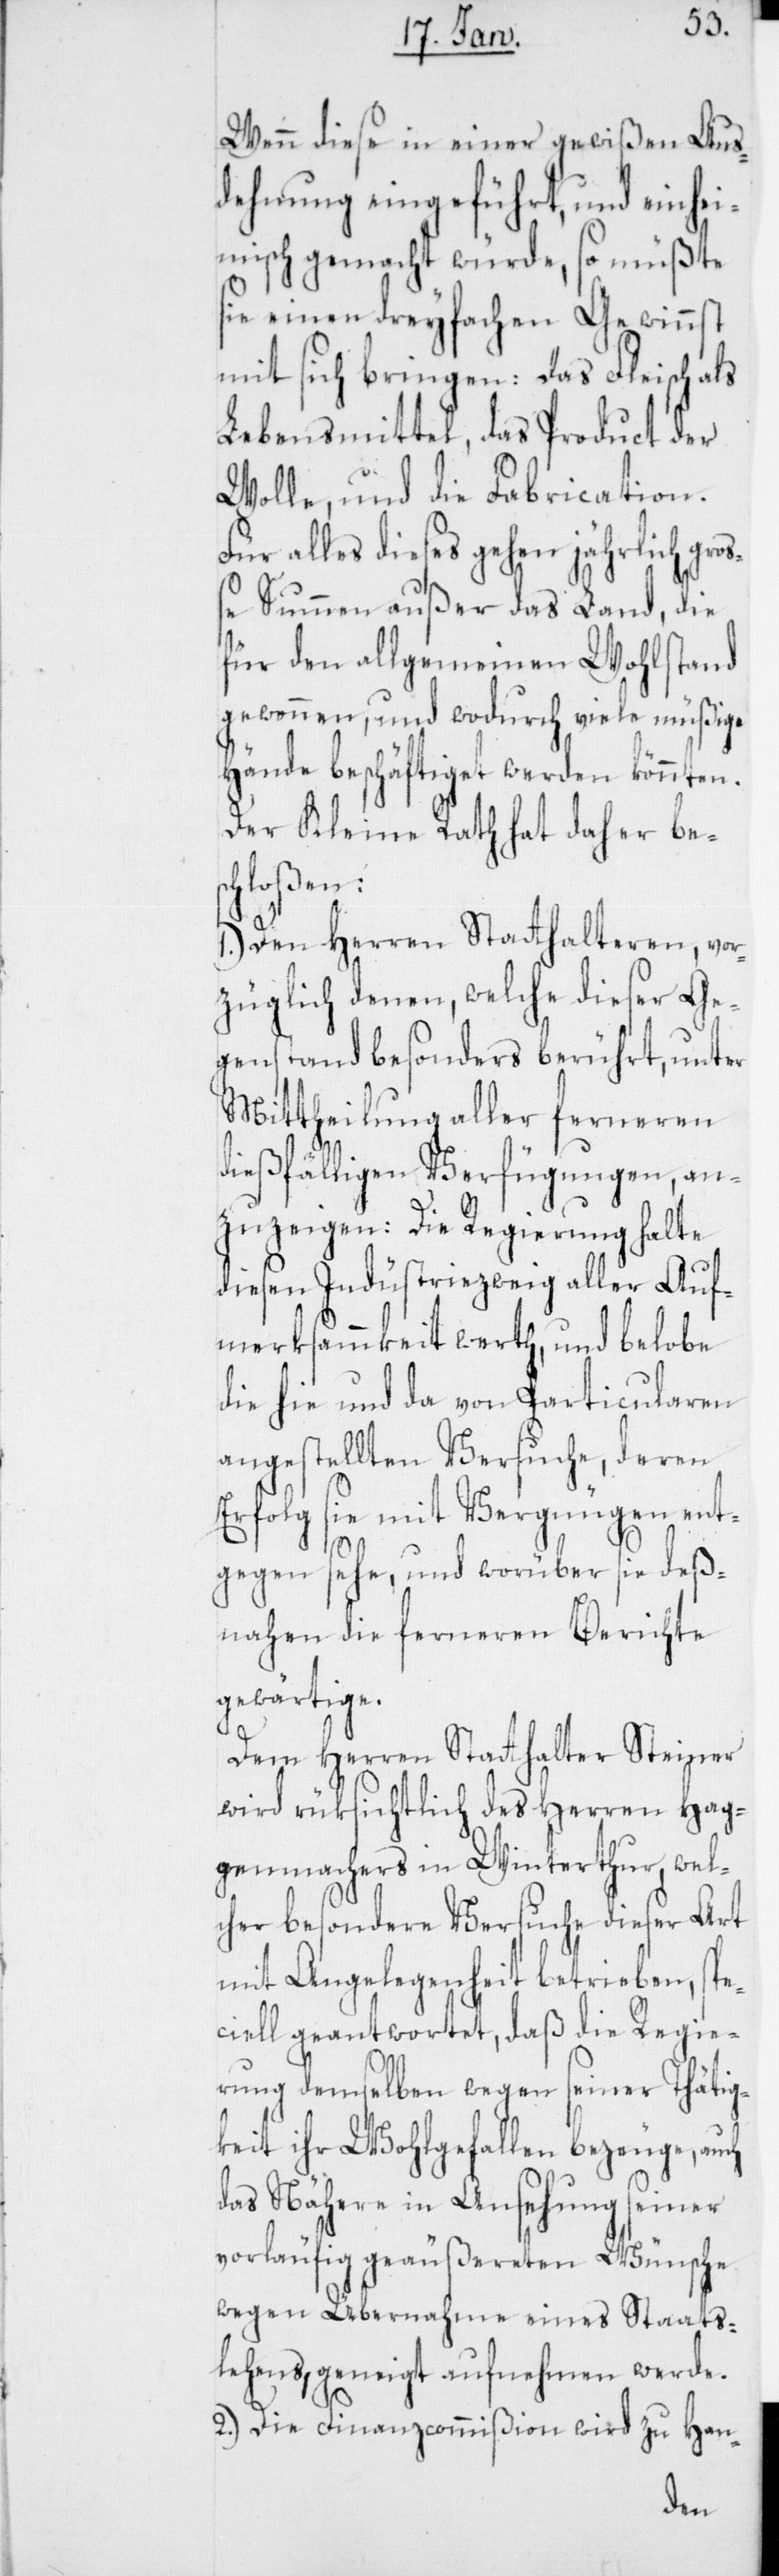
Wenn diese in einer gewißen Aus¬
dehnung eingeführt, und einhe¬
imisch gemacht würde, so müßte
sie einen dreyfachen Gewinnst
mit sich bringen: Das Fleisch als
Lebensmittel, das Product der
Wolle, und die Fabrication.
Für alles dieses gehen jährlich gro¬
ße Summen außer das Land, die
für den allgemeinen Wohlstand
gewonnen, und wodurch viele müßige
Hände beschäftiget werden könnten.
Der Kleine Rath hat daher bes¬
chloßen:
1.) Den Herren Statthalteren, vor¬
züglich denen, welche dieser Ge¬
genstand besonders berührt, unter
Mittheilung aller ferneren
dießfälligen Verfügungen, an¬
zuzeigen: Die Regierung halte
diesen Industriezweig aller Auf¬
merksamkeit werth, und belobe
die hie und da von Particularen
angestellten Versuche, deren
Erfolg sie mit Vergnügen ent¬
gegen sehe, und worüber sie deß¬
nahen die ferneren Berichte
gewärtige.
Dem Herren Statthalter Steiner
wird rüksichtlich des Herren Hag¬
genmachers in Winterthur, wel¬
cher besondere Versuche dieser Art
mit Angelegenheit betrieben, spe¬
ciell geantwortet, daß die Regie¬
rung demselben wegen seiner Thätig¬
keit ihr Wohlgefallen bezeuge, auch
das Nähere in Ansehung seiner
vorläufig geäußereten Wünsche
wegen Übernahme eines Staats¬
lehens, geneigt aufnehmen werde.
2.) Die Finanzcommißion wird zu Han-